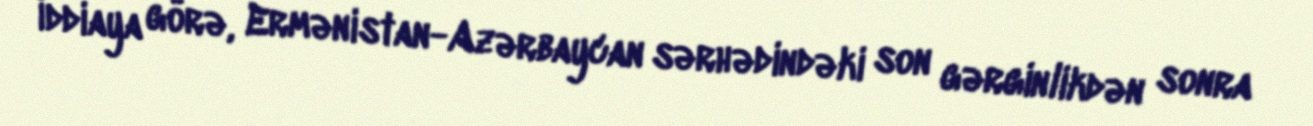
İddiaya görə, Ermənistan-Azərbaycan sərhədindəki son gərginlikdən sonra